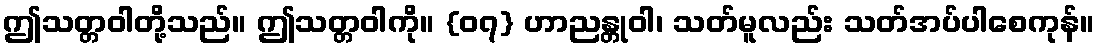
ဤသတ္တဝါတို့သည်။ ဤသတ္တဝါကို။ {၀၇} ဟာညန္တုဝါ၊ သတ်မူလည်း သတ်အပ်ပါစေကုန်။